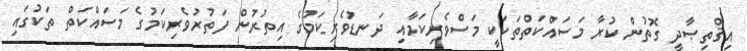
އިޤްތިޞާދީ ގޮތުން ކުރާ މަސައްކަތްތަކަކީ މަސްވެރިކަމާއި ދަނޑުވެރިކަމުގެ އިތުރުން ފަތުރުވެރިކަމުގެ މަސައްކަތް ތަކުގައި